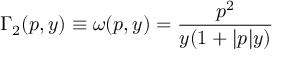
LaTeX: \Gamma _ { 2 } ( p , y ) \equiv \omega ( p , y ) = \frac { p ^ { 2 } } { y ( 1 + | p | y ) }